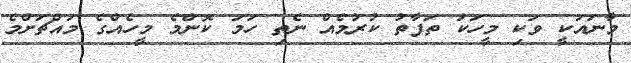
މާނައަކީ ވަކި މީހަކު ތަފާތު ކުރުމެއް ނެތި ހަމަ ކޮންމެ މީހެއްގެ މައްޗަށްމެ